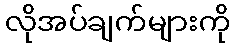
လိုအပ်ချက်များကို